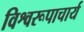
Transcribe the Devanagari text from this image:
विश्वरूपाचार्य